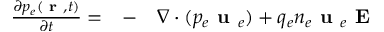
\begin{array} { r l r } { \frac { \partial p _ { e } ( \textbf { r } , t ) } { \partial t } = } & { { } - } & { \nabla \cdot ( p _ { e } \textbf { u } _ { e } ) + q _ { e } n _ { e } \textbf { u } _ { e } \textbf { E } } \end{array}